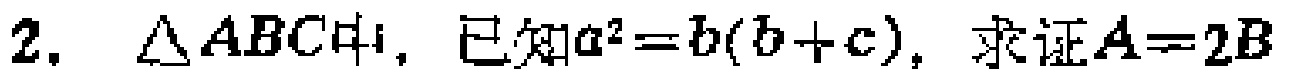
2. $\triangle ABC$中，已知$a^{2}=b(b + c)$，求证$A = 2B$